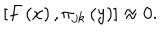
\left[ F \left( x \right) , \pi _ { j k } \left( y \right) \right] \approx 0 .